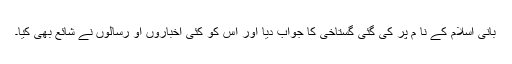
بانی اسلامؐ کے نا م پر کی گئی گستاخی کا جواب دیا اور اس کو کئی اخباروں او رسالوں نے شائع بھی کیا۔